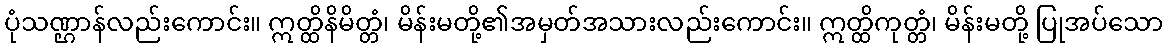
ပုံသဏ္ဌာန်လည်းကောင်း။ ဣတ္ထိနိမိတ္တံ၊ မိန်းမတို့၏အမှတ်အသားလည်းကောင်း။ ဣတ္ထိကုတ္တံ၊ မိန်းမတို့ ပြုအပ်သော